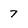
Character: 7